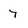
Character: 7